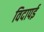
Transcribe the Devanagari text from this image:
विदापई